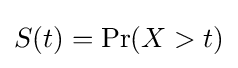
S(t)=\Pr(X>t)